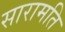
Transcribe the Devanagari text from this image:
सारामति